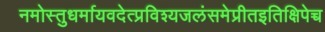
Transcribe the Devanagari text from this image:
नमोस्तुधर्मायवदेत्प्रविश्यजलंसमेप्रीतइतिक्षिपेच्च